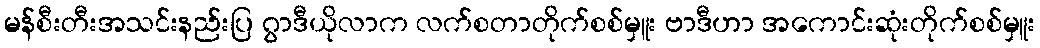
မန်စီးတီးအသင်းနည်းပြ ဂွာဒီယိုလာက လက်စတာတိုက်စစ်မှူး ဗာဒီဟာ အကောင်းဆုံးတိုက်စစ်မှူး